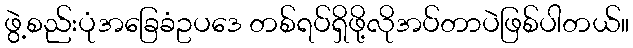
ဖွဲ့စည်းပုံအခြေခံဥပဒေ တစ်ရပ်ရှိဖို့လိုအပ်တာပဲဖြစ်ပါတယ်။